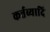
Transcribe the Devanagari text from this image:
कर्त्तव्यादि